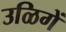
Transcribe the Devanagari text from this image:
उळिगें